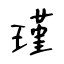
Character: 瑾